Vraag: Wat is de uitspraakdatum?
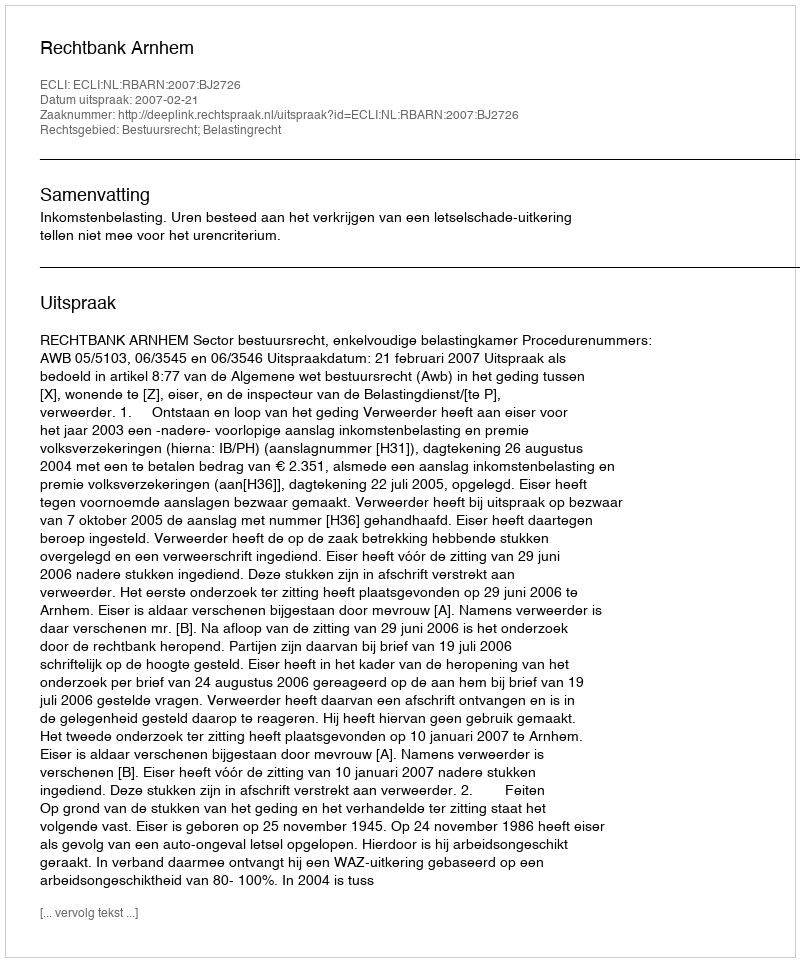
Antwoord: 2007-02-21